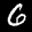
Label: 6